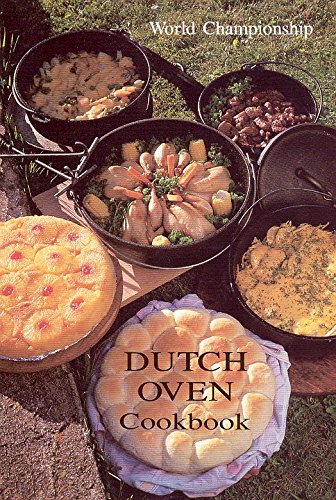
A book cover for World Championship Dutch Oven Cookbook; Juanita Kohler; Cookbooks, Food & Wine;